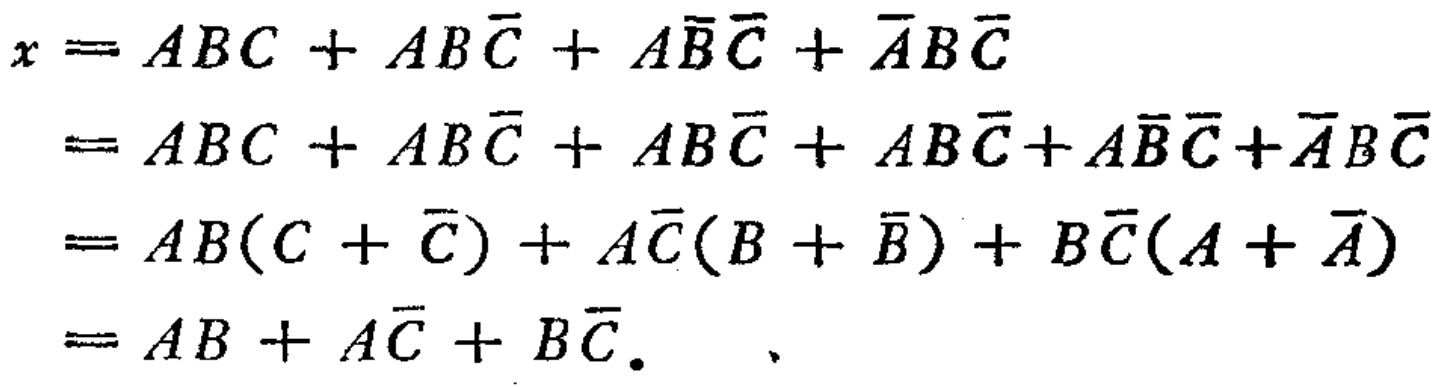
\[

\begin{align*}

x&=ABC + AB\overline{C}+A\overline{B}\overline{C}+\overline{A}B\overline{C}\\

&=ABC + AB\overline{C}+ AB\overline{C}+ AB\overline{C}+A\overline{B}\overline{C}+\overline{A}B\overline{C}\\

&=AB(C + \overline{C})+ A\overline{C}(B + \overline{B})+ B\overline{C}(A + \overline{A})\\

&=AB + A\overline{C}+ B\overline{C}.

\end{align*}

\]